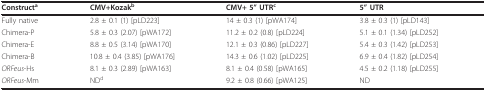
| Constructa | CMV+Kozakb | CMV+ 5" UTRc | 5" UTR |
 | --- | --- | --- | --- |
 | Fully native | 2.8 ± 0.1 (1) [pLD223] | 14 ± 0.3 (1) [pWA174] | 3.8 ± 0.3 (1) [pLD143] |
 | Chimera-P | 5.8 ± 0.3 (2.07) [pWA172] | 11.2 ± 0.2 (0.8) [pLD224] | 5.1 ± 0.1 (1.34) [pLD252] |
 | Chimera-E | 8.8 ± 0.5 (3.14) [pWA170] | 12.1 ± 0.3 (0.86) [pLD227] | 5.4 ± 0.3 (1.42) [pLD253] |
 | Chimera-B | 10.8 ± 0.4 (3.85) [pWA176] | 14.3 ± 0.6 (1.02) [pLD225] | 6.9 ± 0.4 (1.82) [pLD254] |
 | ORFeus-Hs | 8.1 ± 0.3 (2.89) [pWA163] | 8.1 ± 0.4 (0.58) [pWA165] | 4.5 ± 0.2 (1.18) [pLD255] |
 | ORFeus-Mm | NDd | 9.2 ± 0.8 (0.66) [pWA125] | ND |